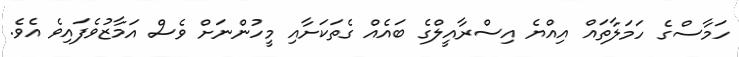
ހަމާސްގެ ހަމަލާތައް އިއްޔެ އިސްރާއީލްގެ ބައެއް ގެތަކަށާއި މީހުންނަށް ވެސް އަމާޒުވެފައިވެ އެވެ.